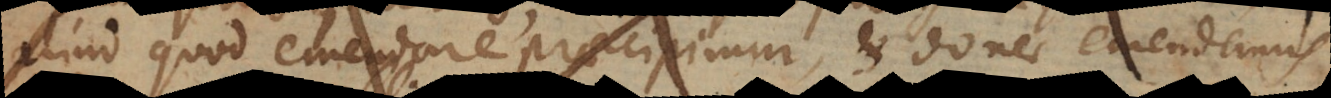
aliud quod emendare praecipimur, et donec emendemus